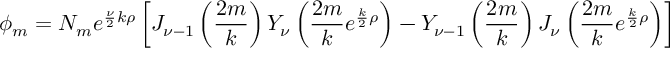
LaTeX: \phi _ { m } = N _ { m } e ^ { { \frac { \nu } { 2 } } k \rho } \left[ J _ { \nu - 1 } \left( { \frac { 2 m } { k } } \right) Y _ { \nu } \left( { \frac { 2 m } { k } } e ^ { { \frac { k } { 2 } } \rho } \right) - Y _ { \nu - 1 } \left( { \frac { 2 m } { k } } \right) J _ { \nu } \left( { \frac { 2 m } { k } } e ^ { { \frac { k } { 2 } } \rho } \right) \right]